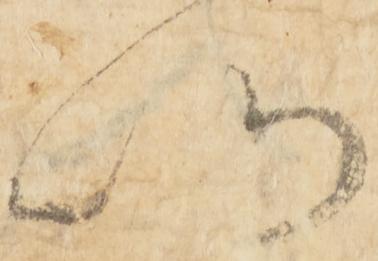
以